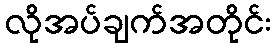
လိုအပ်ချက်အတိုင်း